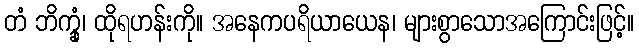
တံ ဘိက္ခုံ၊ ထိုရဟန်းကို။ အနေကပရိယာယေန၊ များစွာသောအကြောင်းဖြင့်။